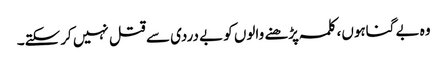
وہ بے گناہوں، کلمہ پڑھنے والوں کو بے دردی سے قتل نہیں کرسکتے۔